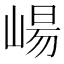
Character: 崵